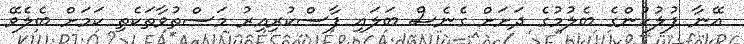
އޭނާ ފުލުހުންގެ ބެލުމުގެ ދަށަށް ގެނެސް ބަލައި ފާސްކުރިއިރު މަސްތުވާތަކެތި ކަމަށް ބެލެވޭ